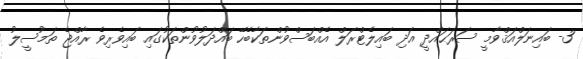
3- ބައިނަލްއަޤްވާމީ ސަރަޙައްދީ އަދި ބައިލެޓްރަލް އެއްބަސްވުންތަކާބެހޭ ބައްދަލުވުންތަކުގައި ބައިވެރިވެ ރާއްޖެ ތަމުސީލު